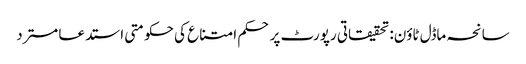
سانحہ ماڈل ٹاؤن: تحقیقاتی رپورٹ پر حکم امتناع کی حکومتی استدعا مسترد